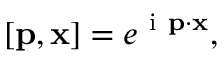
{ \bf \Psi } [ { \bf p } , { \bf x } ] = e ^ { \mathrm { ~ i ~ } { \bf p } \cdot { \bf x } } ,